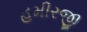
હમીરજી